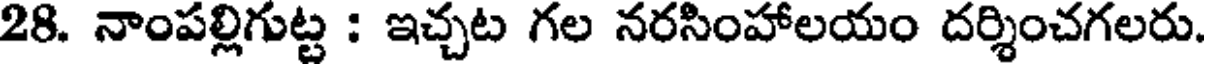
28. నాంపల్లిగుట్ట : ఇచ్చట గల నరసింహాలయం దర్శించగలరు.